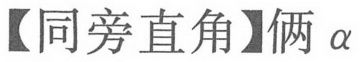
【同旁直角】俩\(\alpha\)